Problem: 2 + 45 = ?
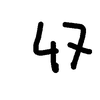
Handwritten answer: 47